Indian journal of veterinary science and animal husbandry - Volumes 15-17, 1948-1951
Year: 1948
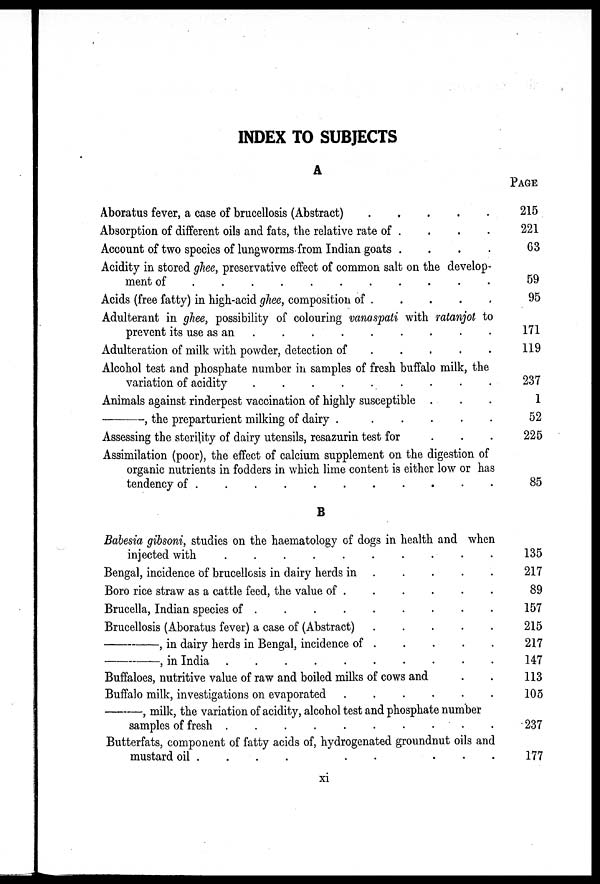
INDEX TO SUBJECTS
A
Aboratus fever, a case of brucellosis (Abstract)
.
.
.
.
.
Absorption of different oils and fats, the relative rate of . . . .
Account of two species of lungworms from Indian goats
.
.
.
.
Acidity in stored ghee, preservative effect of common salt on the develop-
ment of
.
.
.
.
.
.
.
.
.
.
.
Acids (free fatty) in high-acid ghee, composition of
.
.
.
.
.
Adulterant in ghee, possibility of colouring vanaspati with ratanjot to
prevent its use as an
.
.
.
.
.
.
.
.
.
Adulteration of milk with powder, detection of . . . . .
Alcohol test and phosphate number in samples of fresh buffalo milk, the
variation of acidity
.
.
.
.
.
.
.
.
.
Animals against rinderpest vaccination of highly susceptible . . .
—,
the preparturient milking of dairy
.
.
.
.
.
.
Assessing the sterility of dairy utensils, resazurin test for
.
.
.
Assimilation (poor), the effect of calcium supplement on the digestion of
organic nutrients in fodders in which lime content is either low or has
tendency of
.
.
.
.
.
.
.
.
.
.
.
B
Babesia gibsoni, studies on the haematology of dogs in health and when
injected with
.
.
.
.
.
.
.
.
.
.
Bengal, incidence of brucellosis in dairy herds in
.
.
.
.
.
Boro rice straw as a cattle feed, the value of
.
.
.
.
.
.
Brucella, Indian species of . . . . . . . . .
Brucellosis (Aboratus fever) a case of (Abstract)
.
.
.
.
.
—,
in dairy herds in Bengal, incidence of
.
.
.
.
.
—,
in India
.
.
.
.
.
.
.
.
.
.
Buffaloes, nutritive value of raw and boiled milks of cows and . .
Buffalo milk, investigations on evaporated
.
.
.
.
.
.
—,
milk, the variation of acidity, alcohol test and phosphate number
samples of fresh
.
.
.
.
.
.
.
.
.
.
Butterfats, component of fatty acids of, hydrogenated groundnut oils and
mustard oil
.
.
.
.
.
.
.
.
.
.
PAGE
215
221
63
59
95
171
119
237
1
52
225
85
135
217
89
157
215
217
147
113
105
237
177
xi